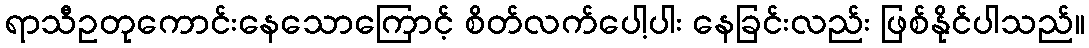
ရာသီဥတုကောင်းနေသောကြောင့် စိတ်လက်ပေါ့ပါး နေခြင်းလည်း ဖြစ်နိုင်ပါသည်။